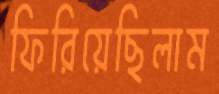
ফিরিয়েছিলাম